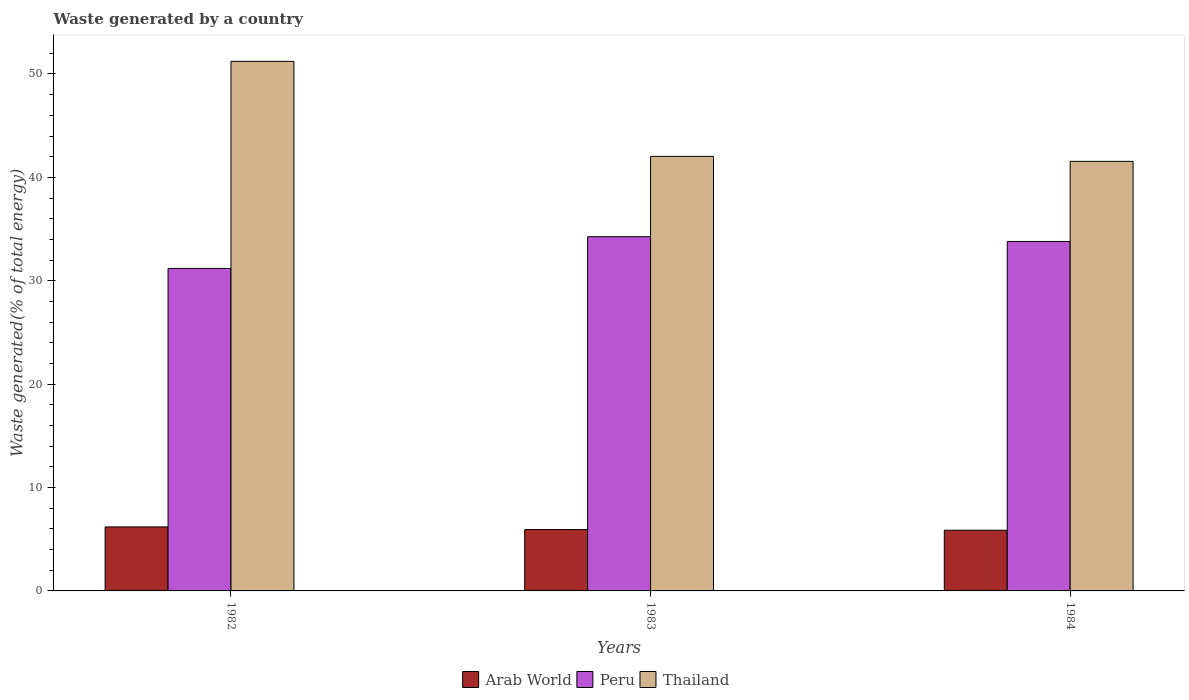
| Years | Arab World | Peru | Thailand |
 | --- | --- | --- | --- |
 | 1982 | 6.19 | 31.2 | 51.2 |
 | 1983 | 5.94 | 34.3 | 42 |
 | 1984 | 5.87 | 33.8 | 41.6 |